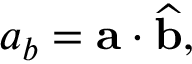
a _ { b } = \mathbf { a } \cdot { \widehat { \mathbf { b } } } ,